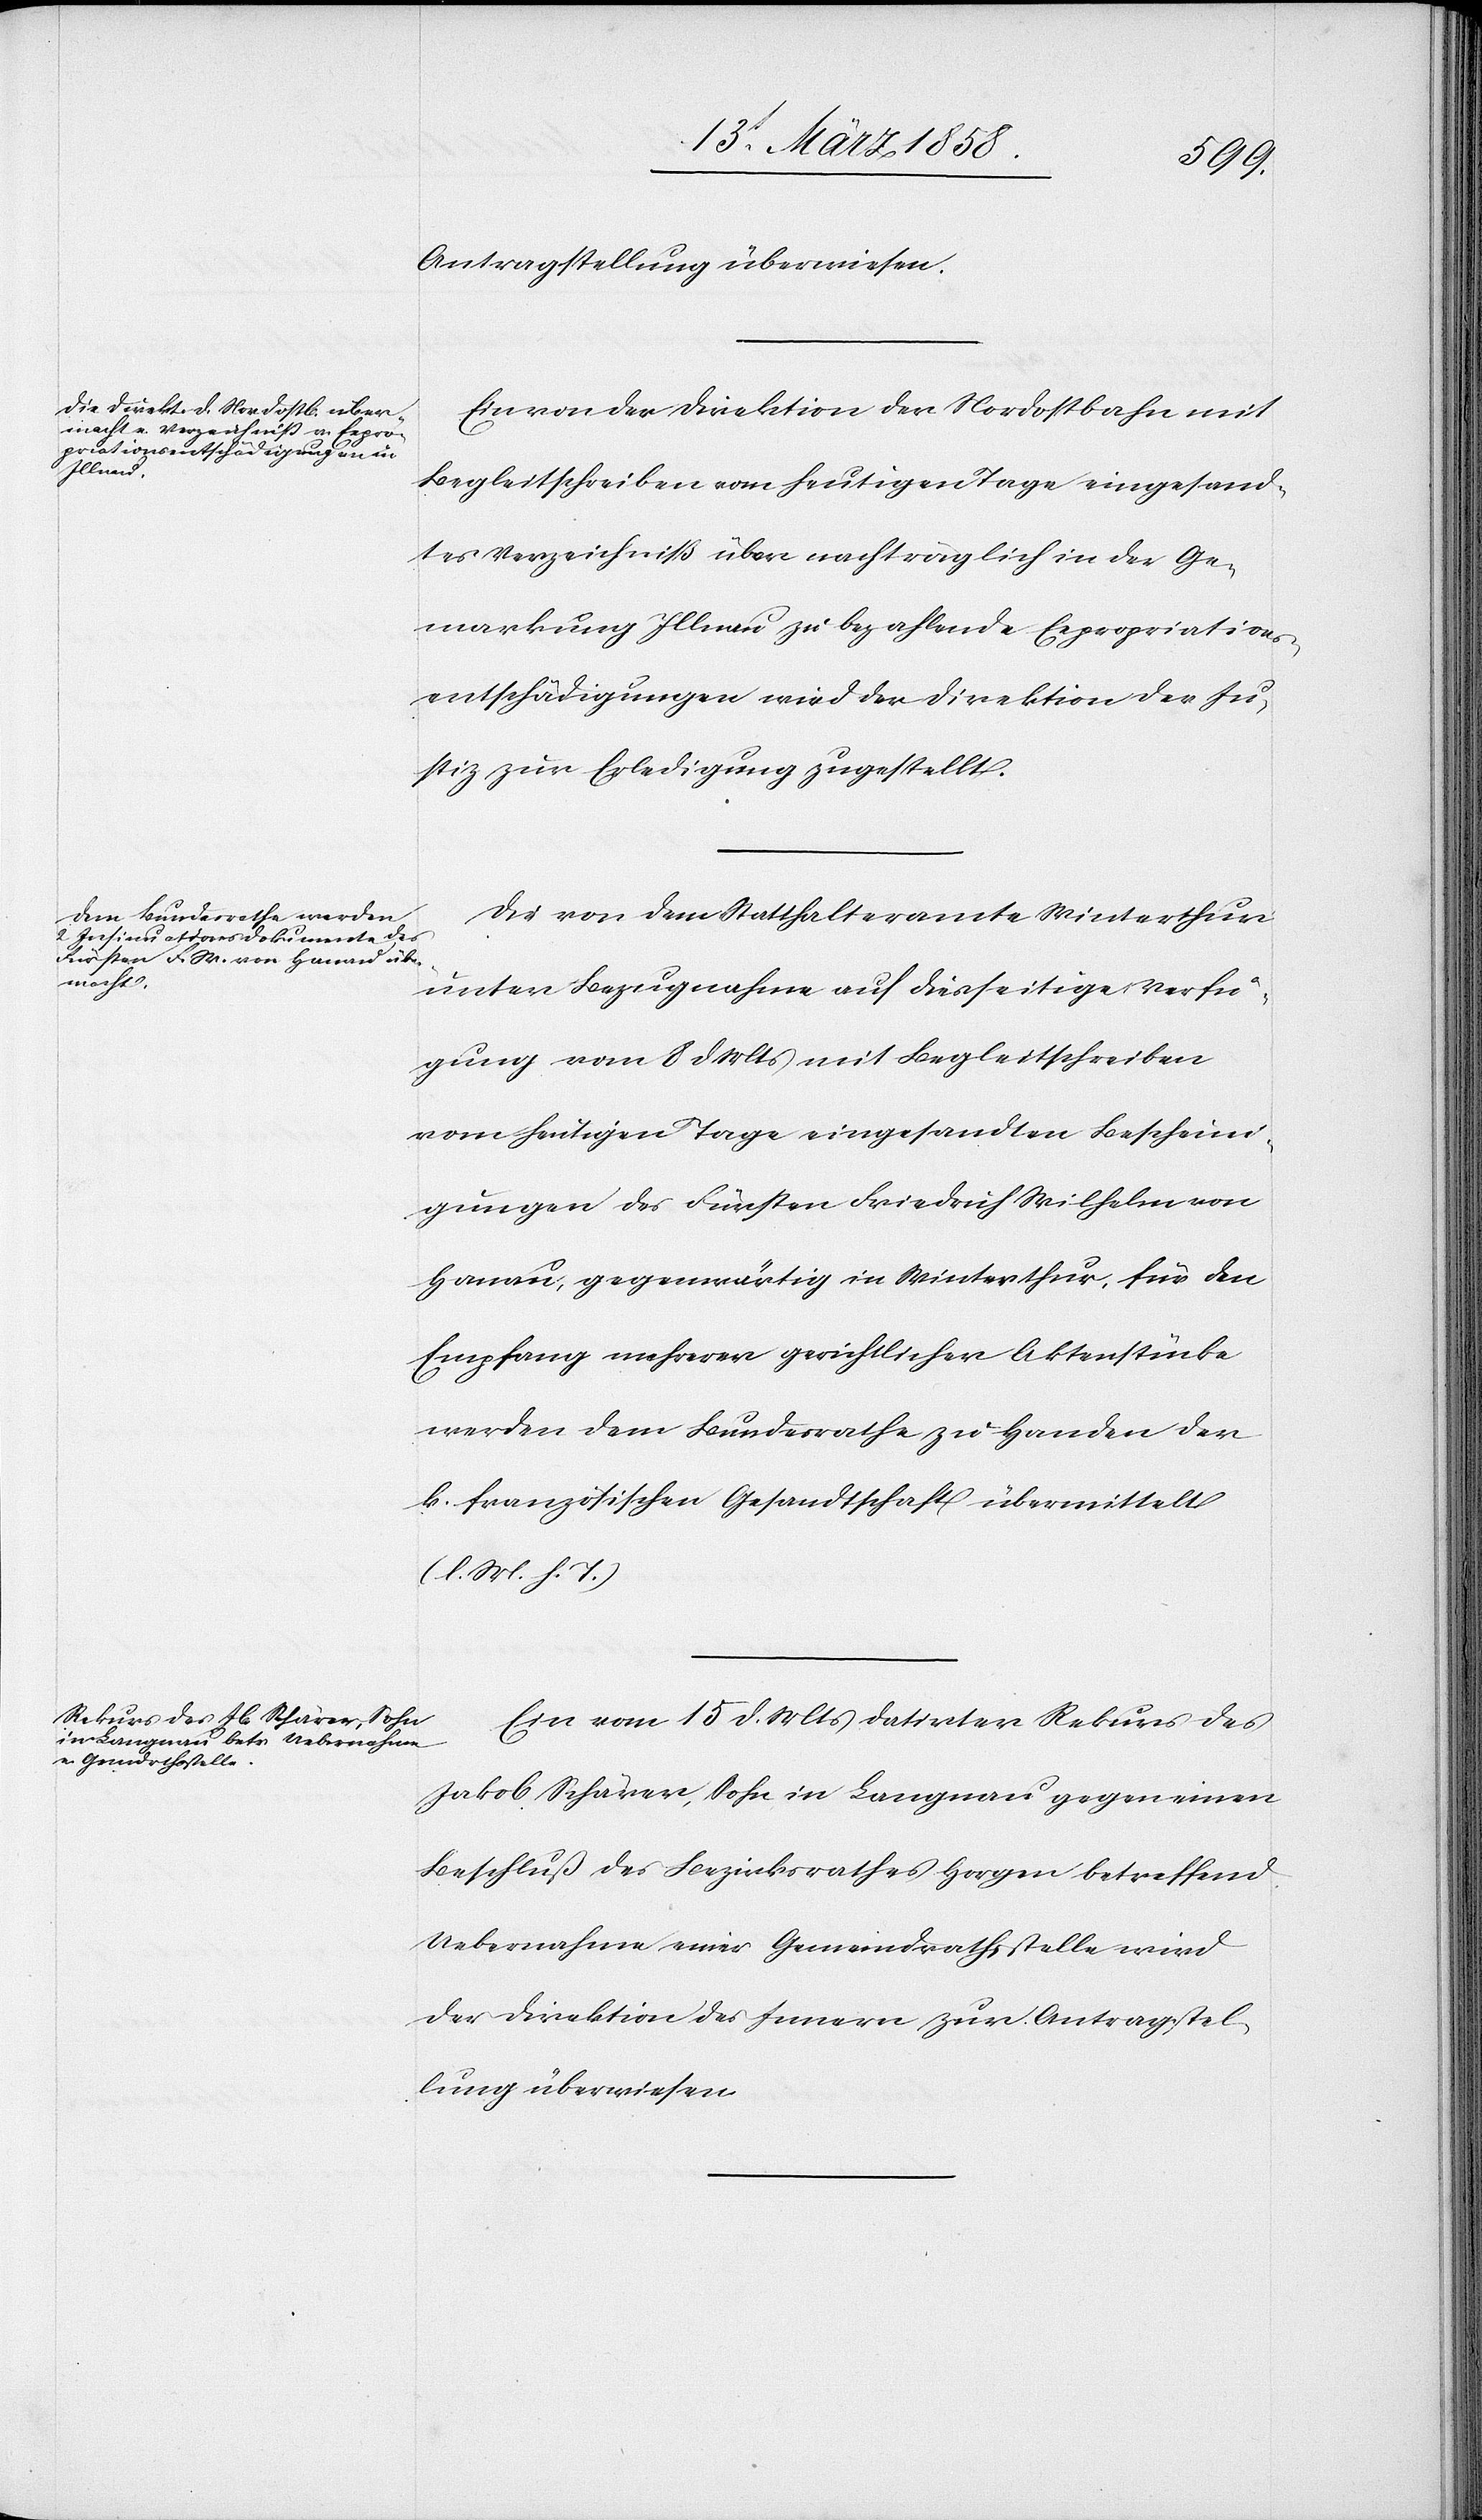
15t März 1858.]
Antragstellung überwiesen.
Ein von der Direktion der Nordostbahn mit
Begleitschreiben vom heutigen Tage eingesand¬
tes Verzeichniß über nachträglich in der Ge¬
markung Illnau zu bezahlende Expropriations¬
entschädigungen wird der Direktion der Ju¬
stiz zur Erledigung zugestellt.
Die von dem Statthalteramte Winterthur
unter Bezugnahme auf diesseitige Verfü¬
gung vom 8. d. Mts. mit Begleitschreiben
vom heutigen Tage eingesandten Bescheini¬
gungen des Fürsten Friedrich Wilhelm von
Hanau, gegenwärtig in Winterthur, für den
Empfang mehrerer gerichtlicher Aktenstücke
werden dem Bundesrathe zu Handen der
k. französischen Gesandtschaft übermittel.
(l. M. h. T.)
Ein vom 15. d. Mts., datirter Rekurs des
Jakob Schärer, Sohn in Langnau gegen einen
Beschluß des Bezirksrathes Horgen betreffend
Uebernahme einer Gemeindrathsstelle wird
der Direktion des Innern zur Antragstel¬
lung überwiesen.